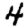
Digit: 4